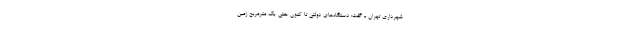
شهرداری تهران ـ گفت: دستگاه‌های دولتی تا کنون حتی یک مترمربع زمین